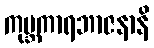
ကုမ္ဘကာရဘာဇနာနိ